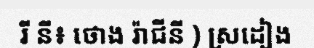
រី នី៖ ថោង រ៉ាជីនី ) ស្រដៀង